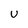
Character: u